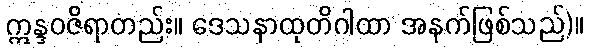
ဣန္ဒဝဇိရာတည်း။ ဒေသနာထုတိဂါထာ အနက်ဖြစ်သည်)။